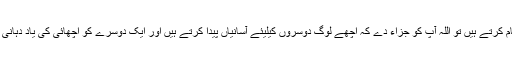
اگر آپ بھی یہی کام کرتے ہیں تو اللہ آپ کو جزاء دے کہ اچھے لوگ دوسروں کیلیئے آسانیاں پیدا کرتے ہیں اور ایک دوسرے کو اچھائی کی یاد دہانی کراتے رہتے ہیں ۔